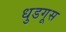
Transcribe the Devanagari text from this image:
धुडगूस